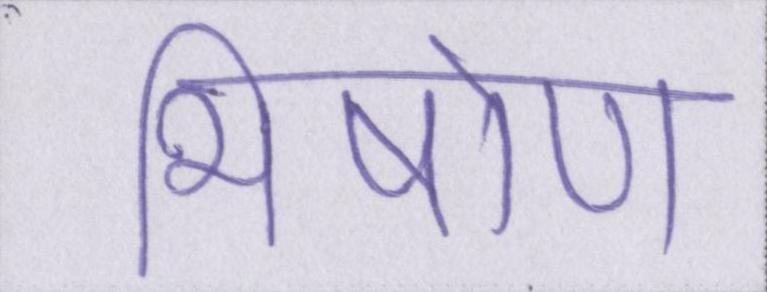
भीषोण